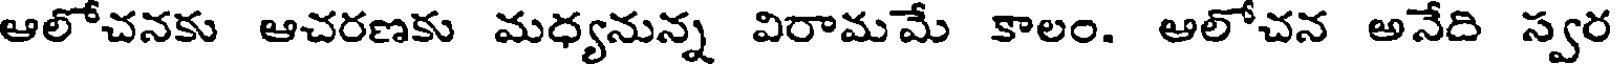
ఆలోచనకు ఆచరణకు మధ్యనున్న విరామమే కాలం. అలోచన అనేది స్వర